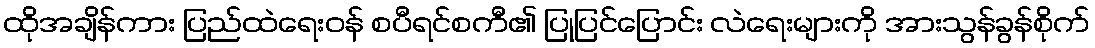
ထိုအချိန်ကား ပြည်ထဲရေးဝန် စပီရင်စကီ၏ ပြုပြင်ပြောင်း လဲရေးများကို အားသွန်ခွန်စိုက်